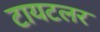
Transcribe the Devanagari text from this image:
टायटलर